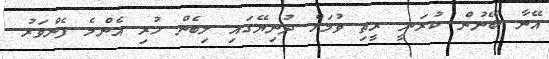
އޭނާ ބޭނުން ކުރަނީ ރީތި ވުމަށް ދުނިޔޭގައި ލިބެން ހުރި އެންމެ ފެންވަރު